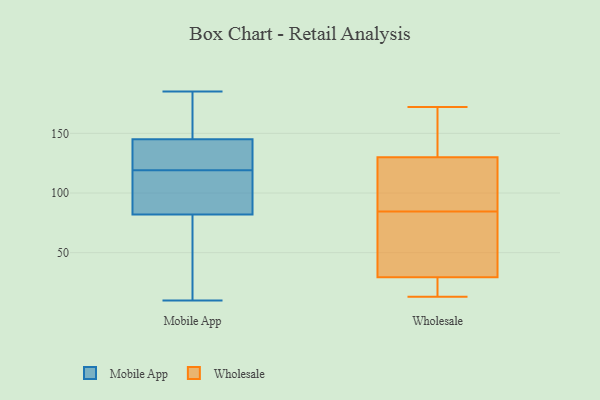
{"axis": {"x": "Market Share (%)", "y": "Value"}, "legend": ["Mobile App", "Wholesale"], "data": [{"x": "", "y": 140, "type": "Mobile App"}, {"x": "", "y": 149, "type": "Mobile App"}, {"x": "", "y": 91, "type": "Mobile App"}, {"x": "", "y": 62, "type": "Mobile App"}, {"x": "", "y": 10, "type": "Mobile App"}, {"x": "", "y": 73, "type": "Mobile App"}, {"x": "", "y": 111, "type": "Mobile App"}, {"x": "", "y": 23, "type": "Mobile App"}, {"x": "", "y": 185, "type": "Mobile App"}, {"x": "", "y": 138, "type": "Mobile App"}, {"x": "", "y": 127, "type": "Mobile App"}, {"x": "", "y": 155, "type": "Mobile App"}, {"x": "", "y": 94, "type": "Mobile App"}, {"x": "", "y": 141, "type": "Mobile App"}, {"x": "", "y": 98, "type": "Mobile App"}, {"x": "", "y": 175, "type": "Mobile App"}, {"x": "", "y": 65, "type": "Wholesale"}, {"x": "", "y": 131, "type": "Wholesale"}, {"x": "", "y": 37, "type": "Wholesale"}, {"x": "", "y": 13, "type": "Wholesale"}, {"x": "", "y": 118, "type": "Wholesale"}, {"x": "", "y": 95, "type": "Wholesale"}, {"x": "", "y": 129, "type": "Wholesale"}, {"x": "", "y": 22, "type": "Wholesale"}, {"x": "", "y": 144, "type": "Wholesale"}, {"x": "", "y": 172, "type": "Wholesale"}, {"x": "", "y": 74, "type": "Wholesale"}, {"x": "", "y": 13, "type": "Wholesale"}]}